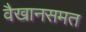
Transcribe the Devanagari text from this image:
वैखानसमत